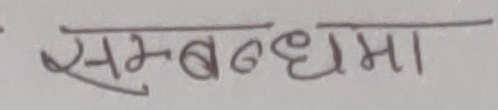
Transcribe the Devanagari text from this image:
सम्बन्धमा